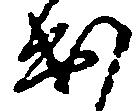
出